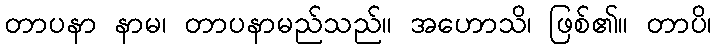
တာပနာ နာမ၊ တာပနာမည်သည်။ အဟောသိ၊ ဖြစ်၏။ တာပိ၊